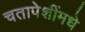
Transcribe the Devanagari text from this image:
चतापेशींमधे